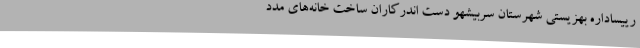
رییساداره بهزیستی شهرستان سربیشهو دست اندرکاران ساخت خانه‌های مدد